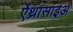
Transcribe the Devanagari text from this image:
ऐंथ्रासाइअ